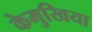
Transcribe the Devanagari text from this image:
केमुखिया